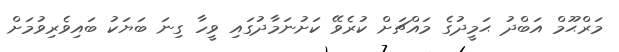
މަރްޙޫމް އަބްދު ޙަމީދުގެ މައްޗަށް ކުރެވޭ ކަށުނަމާދުގައި ވީހާ ގިނަ ބަޔަކު ބައިވެރިވުމަށް